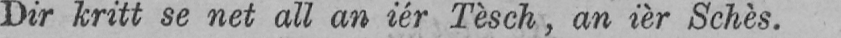
Dir kritt se net all an iér Tèsch, an ièr Schès.